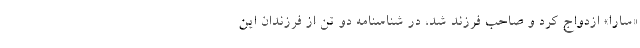
«سارا» ازدواج كرد و صاحب فرزند شد، در شناسنامه دو تن از فرزندان اين